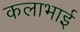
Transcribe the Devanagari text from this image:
कलाभाई